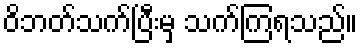
ဝိဘတ်သက်ပြီးမှ သက်ကြရသည်။